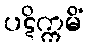
ပဋိက္ကမိံ